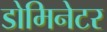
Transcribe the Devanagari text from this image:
डोमिनेटर